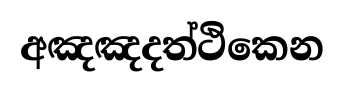
අඤඤදත්ථිකෙන